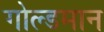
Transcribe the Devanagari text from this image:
गोल्डमान